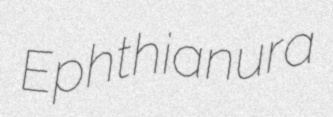
Ephthianura